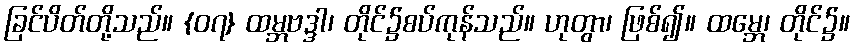
ခြင်ပိတ်တို့သည်။ {၀၇} ထမ္ဘဗဒ္ဒာ၊ တိုင်၌စပ်ကုန်သည်။ ဟုတွာ၊ ဖြစ်၍။ ထမ္ဘေ၊ တိုင်၌။